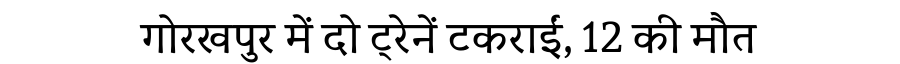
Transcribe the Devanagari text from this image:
गोरखपुर में दो ट्रेनें टकराईं, 12 की मौत